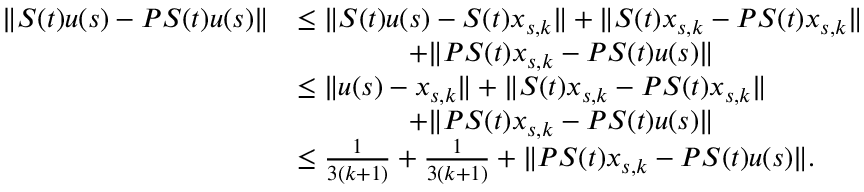
\begin{array} { r l } { \| S ( t ) u ( s ) - P S ( t ) u ( s ) \| } & { \leq \| S ( t ) u ( s ) - S ( t ) x _ { s , k } \| + \| S ( t ) x _ { s , k } - P S ( t ) x _ { s , k } \| } \\ & { \qquad \qquad + \| P S ( t ) x _ { s , k } - P S ( t ) u ( s ) \| } \\ & { \leq \| u ( s ) - x _ { s , k } \| + \| S ( t ) x _ { s , k } - P S ( t ) x _ { s , k } \| } \\ & { \qquad \qquad + \| P S ( t ) x _ { s , k } - P S ( t ) u ( s ) \| } \\ & { \leq \frac { 1 } { 3 ( k + 1 ) } + \frac { 1 } { 3 ( k + 1 ) } + \| P S ( t ) x _ { s , k } - P S ( t ) u ( s ) \| . } \end{array}